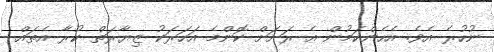
ނުހުރެ އެވެ. އެހެންކަމުން އެ ރަށަށް ކޮންމެ އަހަރަކު ޒިޔާރަތް ކުރާ އެތައް